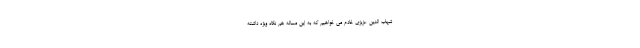
شهاب الدین عزیزی خادم می خواهیم که به این مساله هم نگاه ویژه داشته